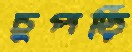
চুপড়ি